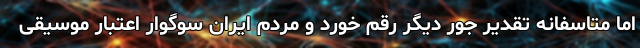
اما متاسفانه تقدیر جور دیگر رقم خورد و مردم ایران سوگوار اعتبار موسیقی